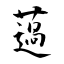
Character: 薖